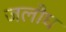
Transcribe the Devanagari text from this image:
जलौघ